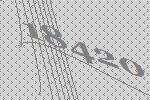
18420